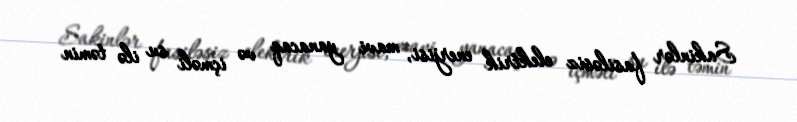
Sakinlər fasiləsiz elektrik enerjisi, mavi yanacaq və içməli su ilə təmin